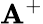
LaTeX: \mathbf{A}^{+}